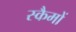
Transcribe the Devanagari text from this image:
स्कैमों